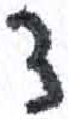
אות: צ